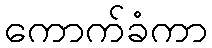
ကောက်ခံကာ